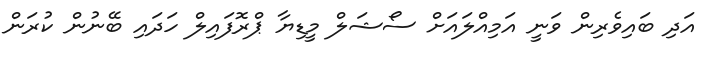
އަދި ބައިވެރިން ވަނީ އަމިއްލައަށް ސޯޝަލް މީޑިޔާ ޕްރޮފައިލް ހަދައި ބޭނުން ކުރަން